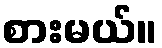
စားမယ်။